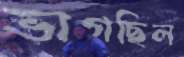
ভাগছিল